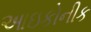
આઇકોનીક